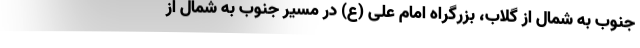
جنوب به شمال از گلاب، بزرگراه امام علی (ع) در مسیر جنوب به شمال از